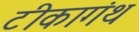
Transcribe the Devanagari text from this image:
टीकागंथ